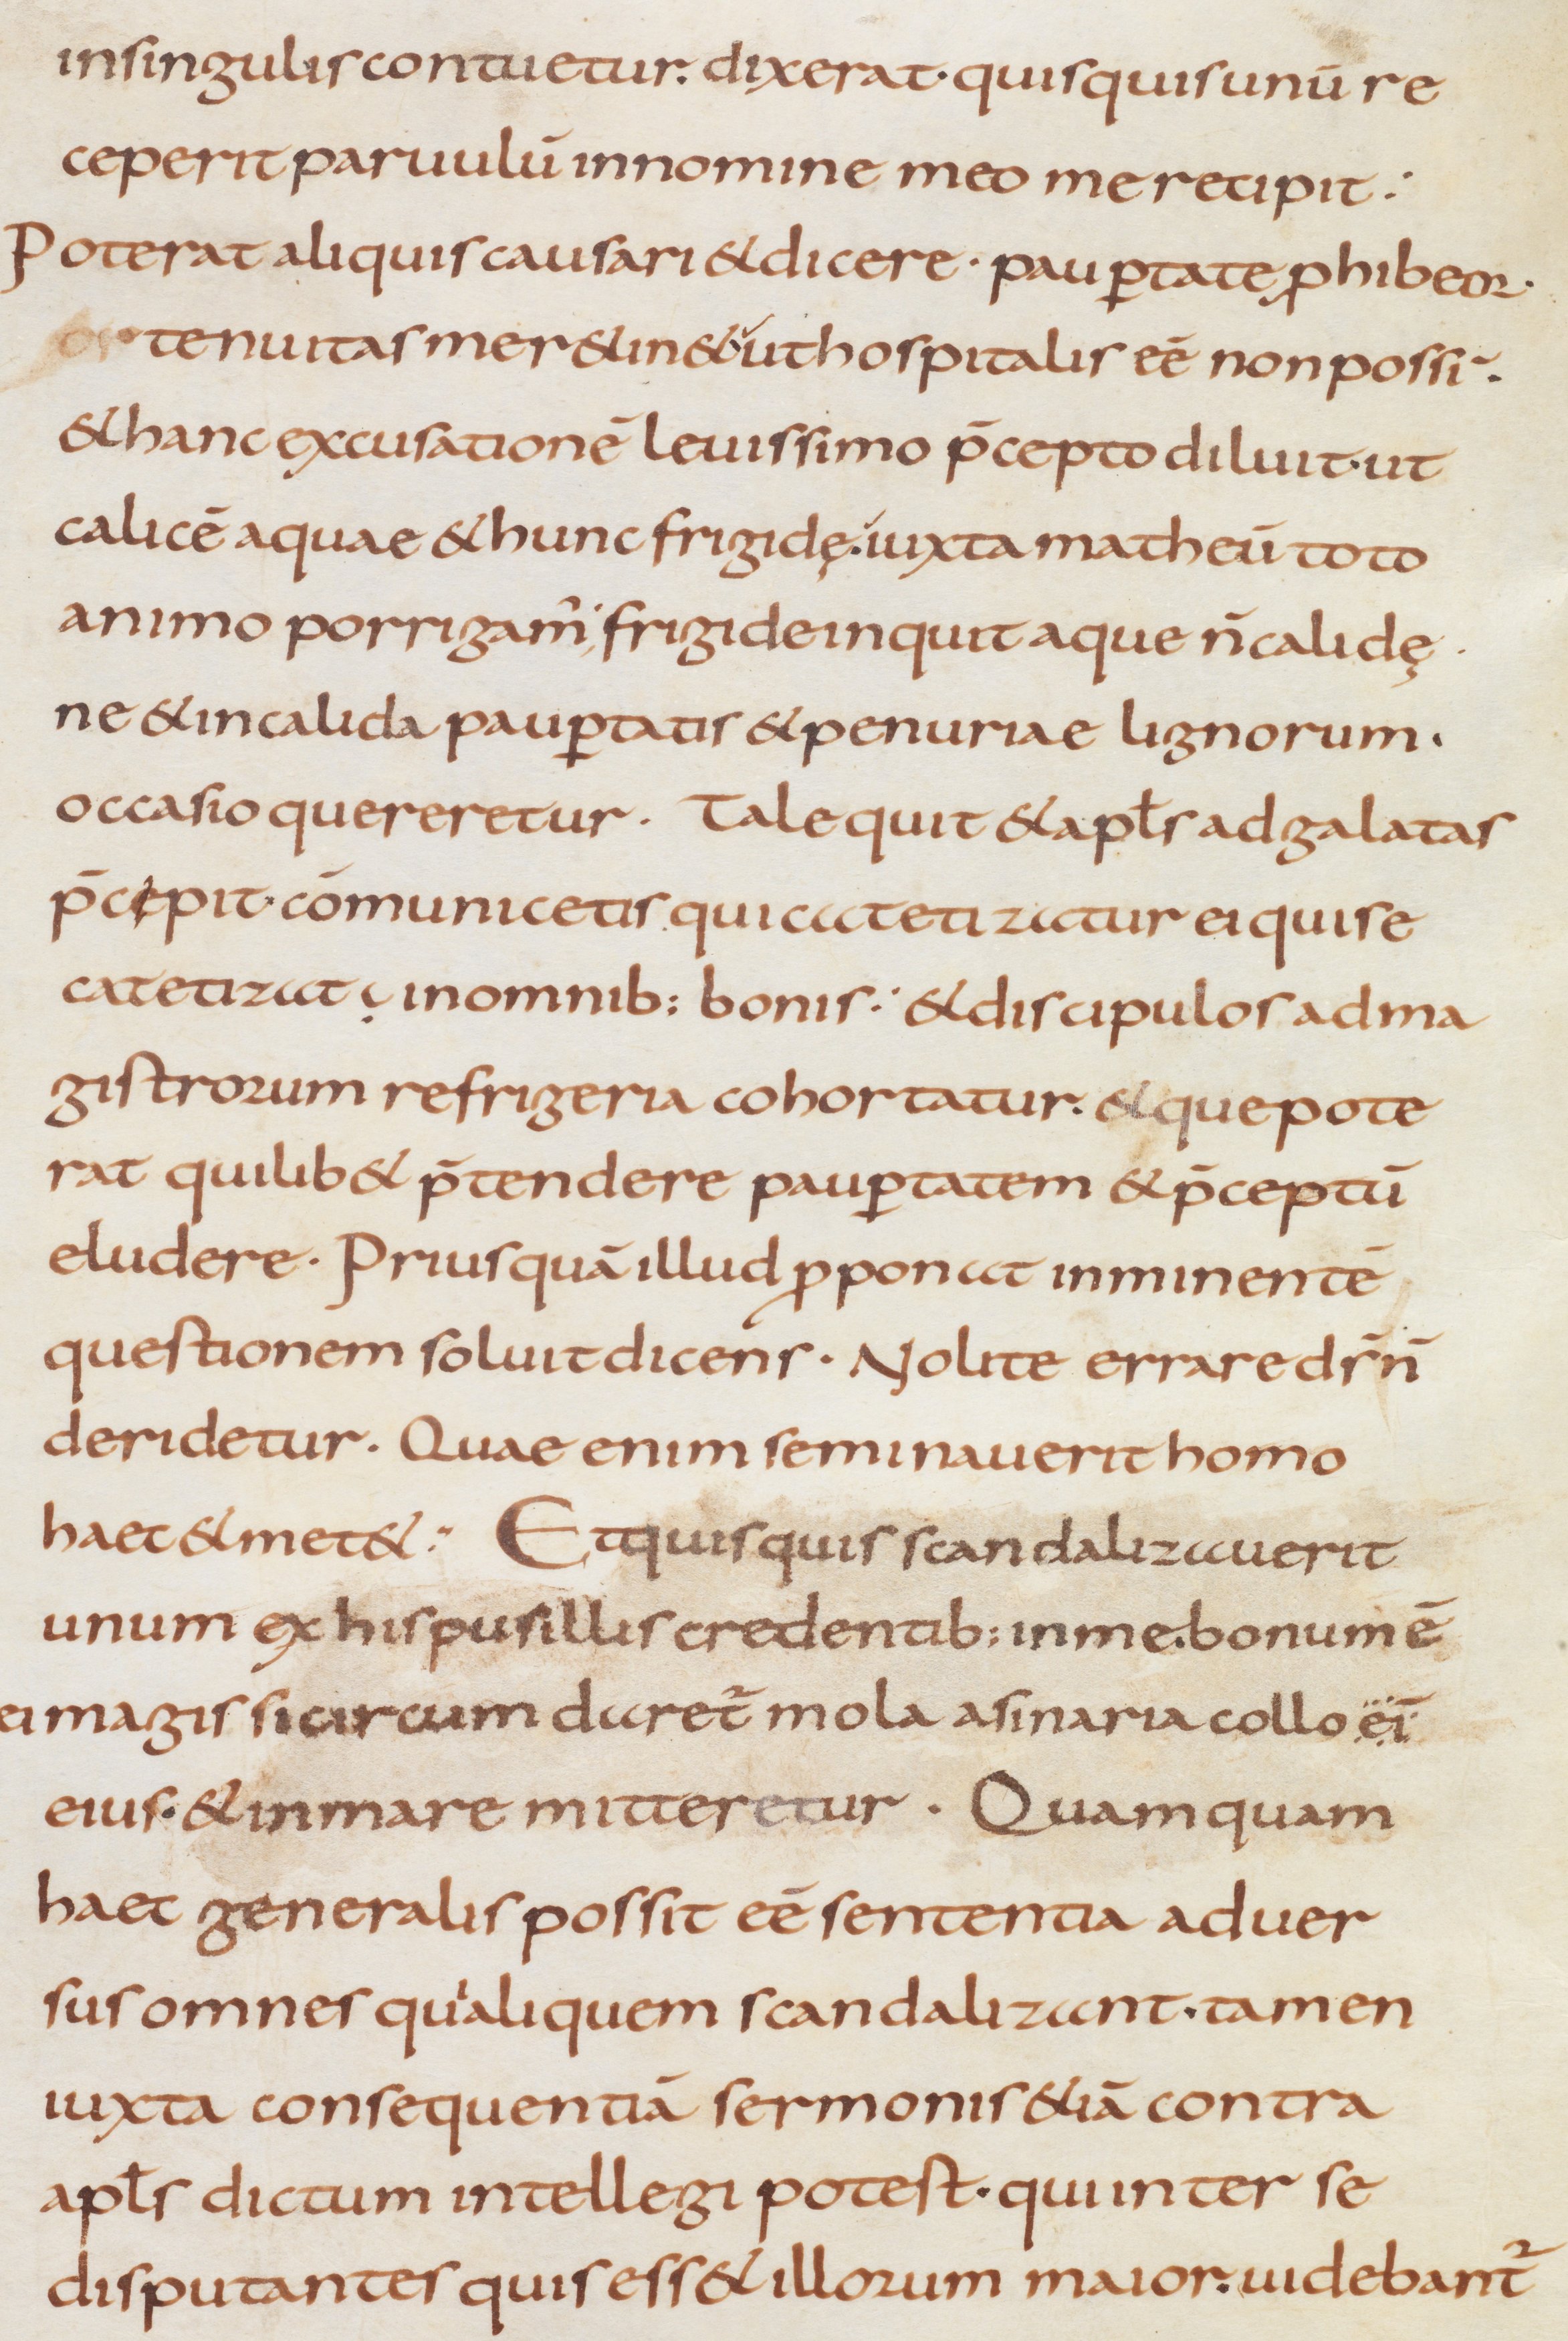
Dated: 800–999